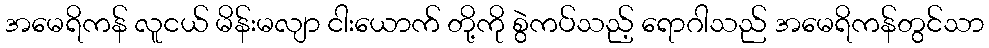
အမေရိကန် လူငယ် မိန်းမလျာ ငါးယောက် တို့ကို စွဲကပ်သည့် ရောဂါသည် အမေရိကန်တွင်သာ